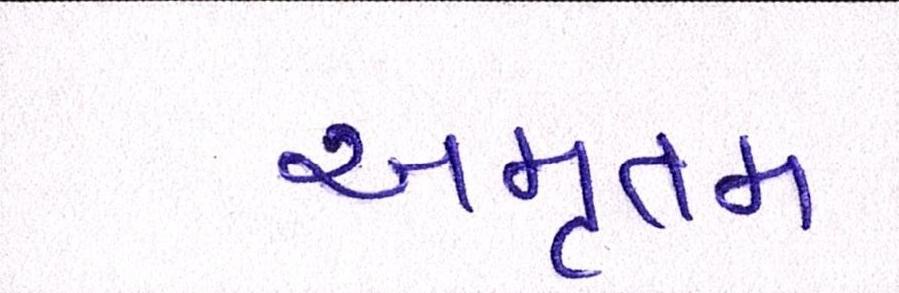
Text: અમૃતમ